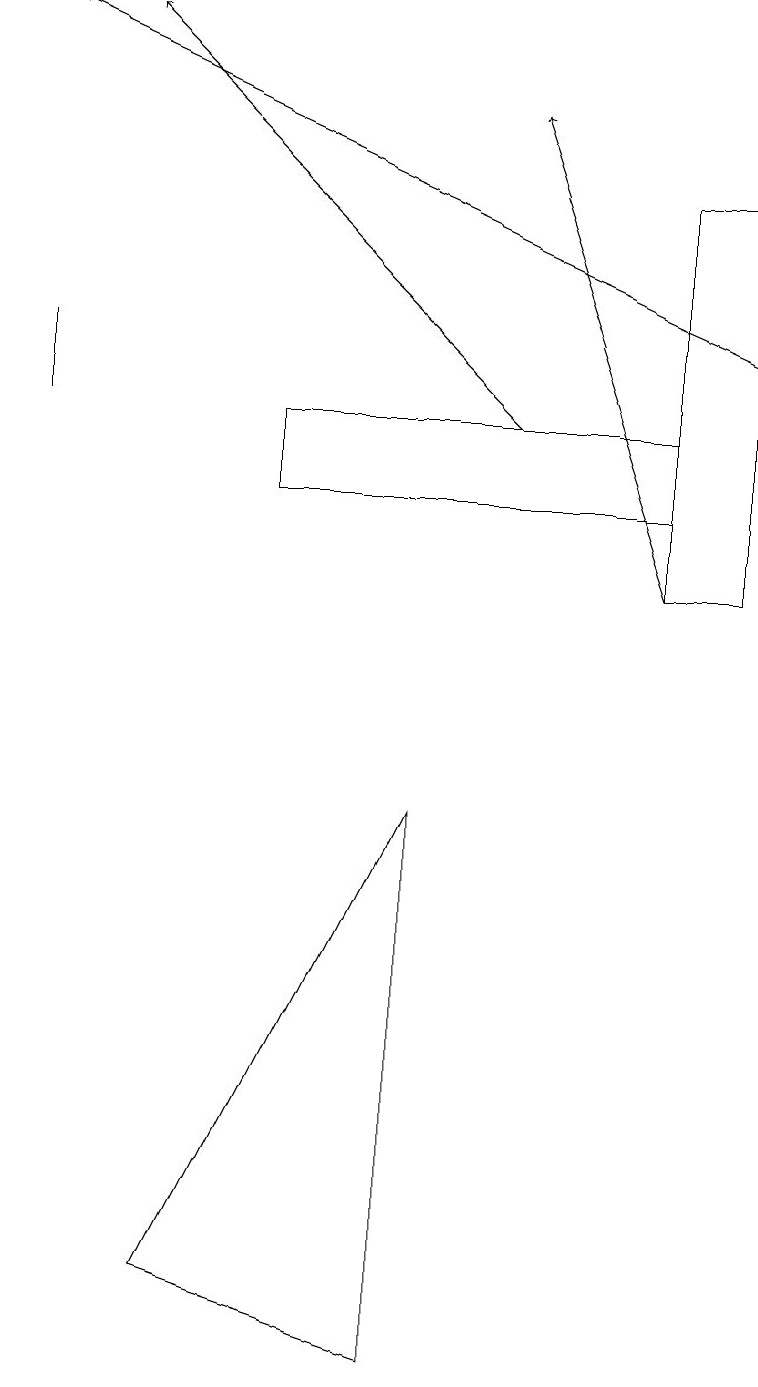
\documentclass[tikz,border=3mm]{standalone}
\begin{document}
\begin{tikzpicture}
\draw (0,14) rectangle (0,15);
\draw (3,13) rectangle (8,14);
\draw[->] (9,15) -- (0,19);
\draw[->] (6,14) -- (1,19);
\draw (5,2) -- (2,3) -- (5,9) -- cycle;
\draw[->] (8,12) -- (6,18);
\draw (8,12) rectangle (9,17);
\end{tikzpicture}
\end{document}